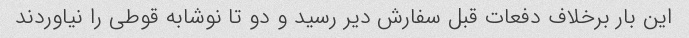
این بار برخلاف دفعات قبل سفارش دیر رسید و دو تا نوشابه قوطی را نیاوردند